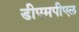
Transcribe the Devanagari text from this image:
डीएमपीएल